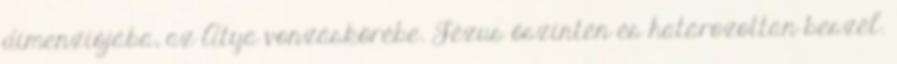
dimenziójába, az Atya vonzáskörébe. Jézus őszintén és határozottan beszél.